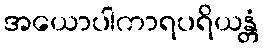
အယောပါကာရပရိယန္တံ